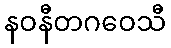
နဝနီတဂဝေသီ